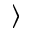
\rangle